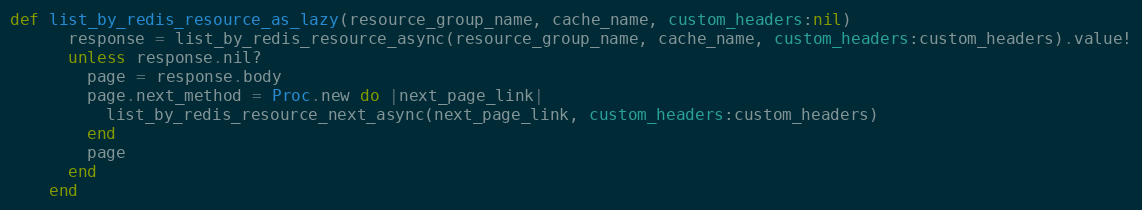
Language: Ruby
def list_by_redis_resource_as_lazy(resource_group_name, cache_name, custom_headers:nil)
      response = list_by_redis_resource_async(resource_group_name, cache_name, custom_headers:custom_headers).value!
      unless response.nil?
        page = response.body
        page.next_method = Proc.new do |next_page_link|
          list_by_redis_resource_next_async(next_page_link, custom_headers:custom_headers)
        end
        page
      end
    end